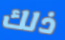
ذلك